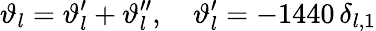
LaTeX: \vartheta_{l}=\vartheta_{l}^{\prime}+\vartheta_{l}^{\prime\prime},\quad\vartheta_{l}^{\prime}=-1440\, \delta_{l,1}